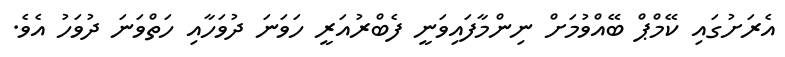
އެރަށުގައި ކޭމްޕް ބޭއްވުމަށް ނިންމާފައިވަނީ ފެބްރުއަރީ ހަވަނަ ދުވަހާއި ހަތްވަނަ ދުވަހު އެެވެ.